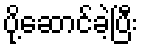
ပို့ဆောင်ခဲ့ပြီး